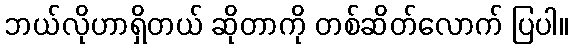
ဘယ်လိုဟာရှိတယ် ဆိုတာကို တစ်ဆိတ်လောက် ပြပါ။